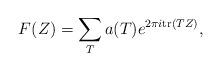
LaTeX: \begin{align*} F(Z)= \sum_{T} a(T)e^{2 \pi i \mathrm{tr}(TZ)},\end{align*}